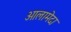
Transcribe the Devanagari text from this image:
आलामेदा